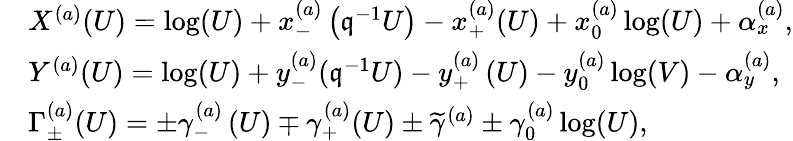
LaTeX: \begin{array}{rl}&{X^{(a)}(U)=\log(U)+x_{-}^{(a)}\left(\mathfrak{q}^{-1}U\right)-x_{+}^{(a)}(U)+x_{0}^{(a)}\log(U)+\alpha_{x}^{(a)},}\\ &{Y^{(a)}(U)=\log(U)+y_{-}^{(a)}(\mathfrak{q}^{-1}U)-y_{+}^{(a)}\left(U\right)-y_{0}^{(a)}\log(V)-\alpha_{y}^{(a)},}\\ &{\Gamma_{\pm}^{(a)}(U)=\pm\gamma_{-}^{(a)}\left(U\right)\mp\gamma_{+}^{(a)}(U)\pm\widetilde{\gamma}^{(a)}\pm\gamma_{0}^{(a)}\log(U),}\end{array}